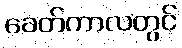
ခေတ်ကာလတွင်